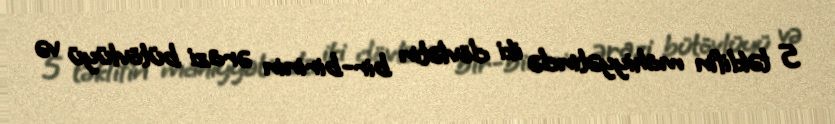
5 təklifin mahiyyətində iki dövlətin bir-birinin ərazi bütövlüyü və